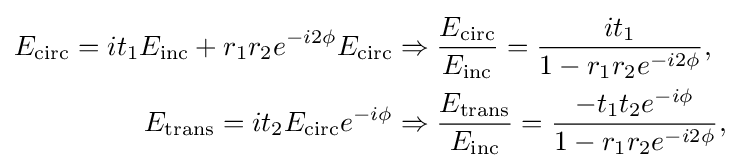
{\begin{aligned}E_{\text{circ}}=it_{1}E_{\text{inc}}+r_{1}r_{2}e^{-i2\phi }E_{\text{circ}}&\Rightarrow {\frac {E_{\text{circ}}}{E_{\text{inc}}}}={\frac {it_{1}}{1-r_{1}r_{2}e^{-i2\phi }}},\\E_{\text{trans}}=it_{2}E_{\text{circ}}e^{-i\phi }&\Rightarrow {\frac {E_{\text{trans}}}{E_{\text{inc}}}}={\frac {-t_{1}t_{2}e^{-i\phi }}{1-r_{1}r_{2}e^{-i2\phi }}},\end{aligned}}